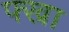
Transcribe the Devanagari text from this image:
फ्ख्रा